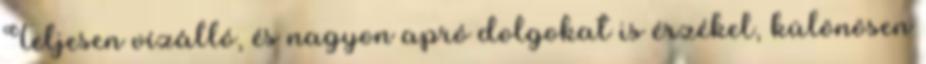
Teljesen vízálló, és nagyon apró dolgokat is érzékel, különösen